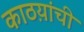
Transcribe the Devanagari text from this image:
काठय़ांची